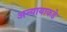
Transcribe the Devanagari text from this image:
अन्यायाकडे